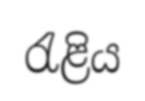
රැළිය